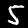
Digit: 5